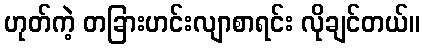
ဟုတ်ကဲ့ တခြားဟင်းလျာစာရင်း လိုချင်တယ်။